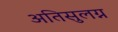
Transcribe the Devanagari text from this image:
अतिसुलग्न